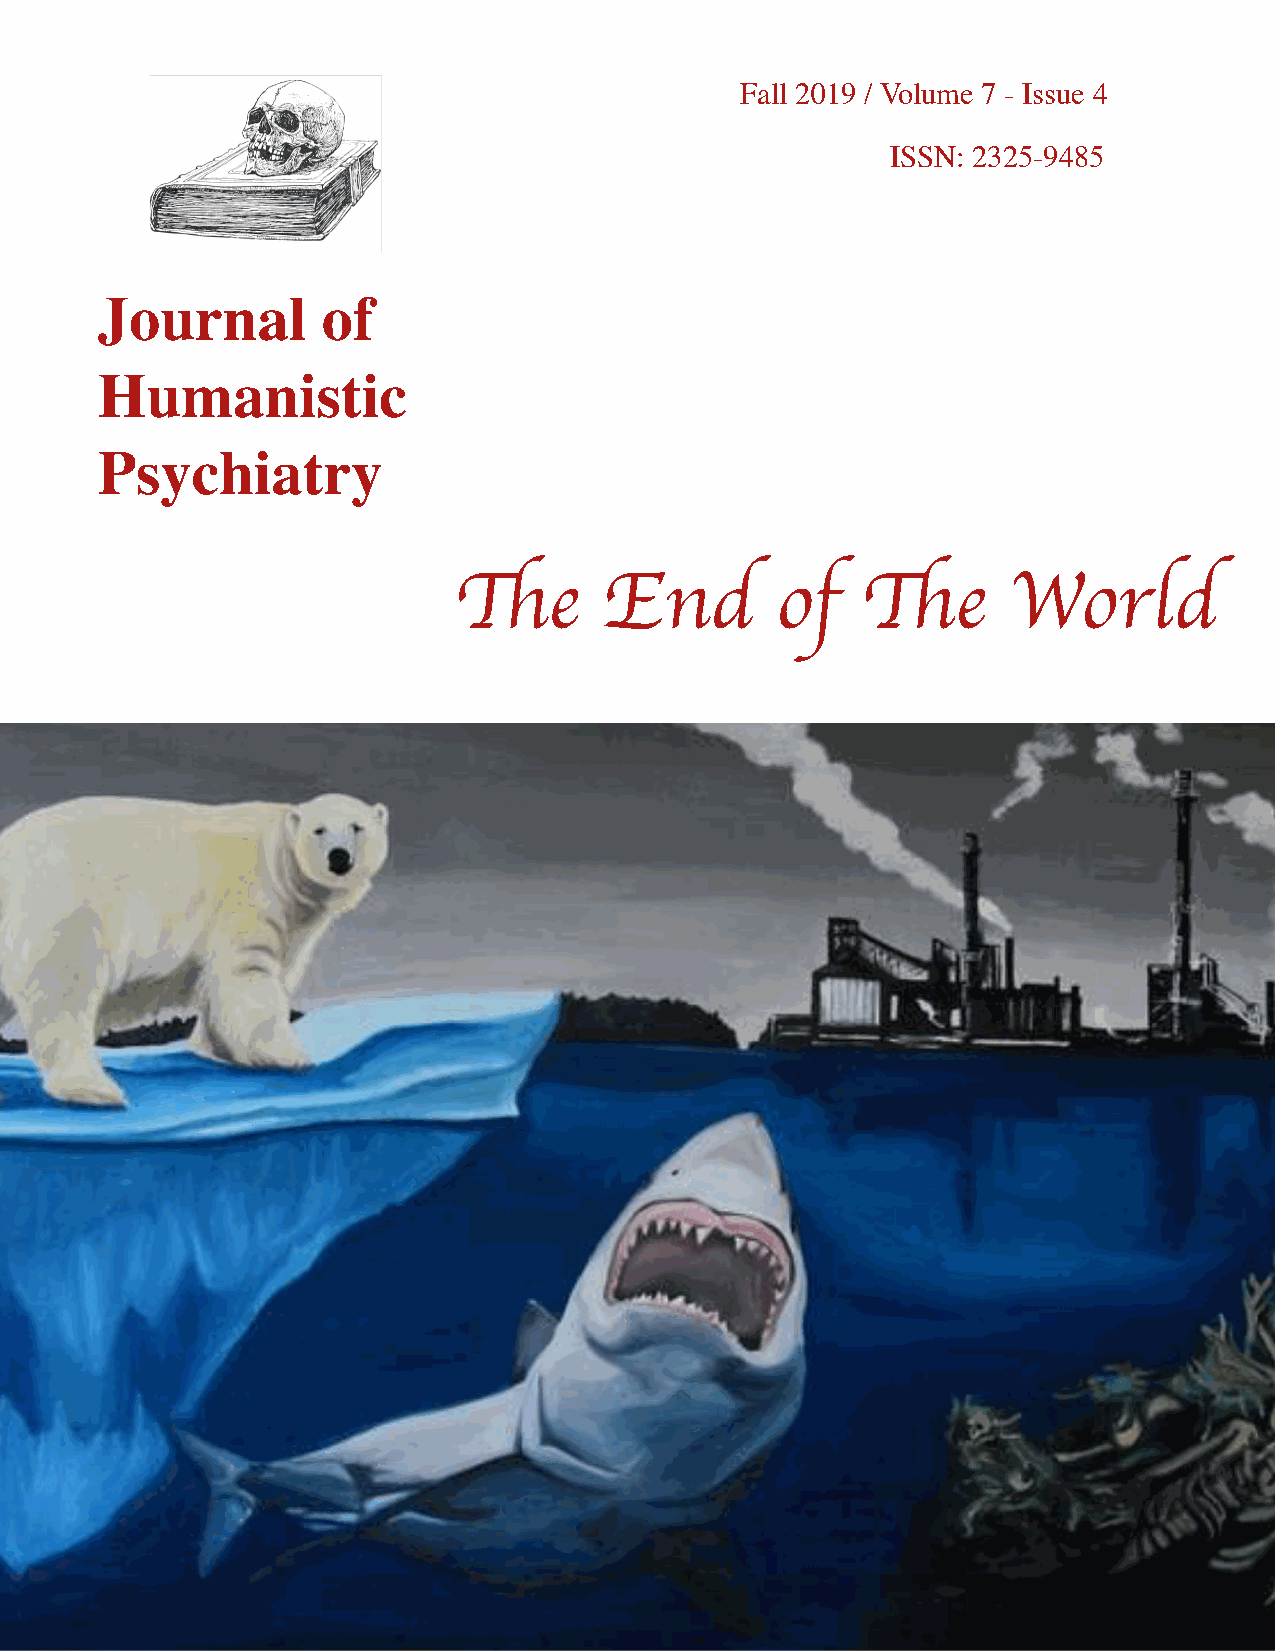
Fall 2019 / Volume 7 - Issue 4
 ISSN: 2325-9485

 Journal        of
 Humanistic
 Psychiatry
 The       End        of    The       World